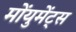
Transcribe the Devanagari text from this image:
मोंयुमेंट्स